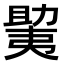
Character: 𫯲